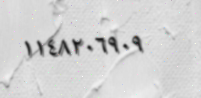
١١٤٨٢٠٦٩٠٩